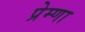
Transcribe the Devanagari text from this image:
प्रेम्णा